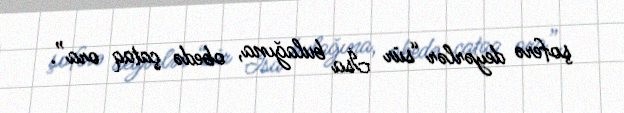
şoferə deyərlər “sür İsa bulağına, obedə çataq ora”.